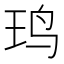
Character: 𱉍